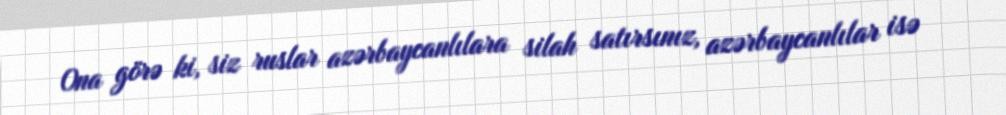
Ona görə ki, siz ruslar azərbaycanlılara silah satırsınız, azərbaycanlılar isə